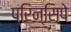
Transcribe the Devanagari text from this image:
प्रिन्सिपे